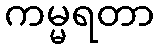
ကမ္မရတာ